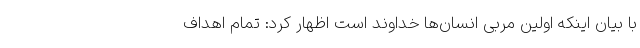
با بیان اینکه اولین مربی انسان‌ها خداوند است اظهار کرد: تمام اهداف